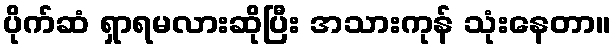
ပိုက်ဆံ ရှာရမလားဆိုပြီး အသားကုန် သုံးနေတာ။